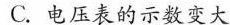
C. 电压表的示数变大